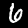
Label: 6